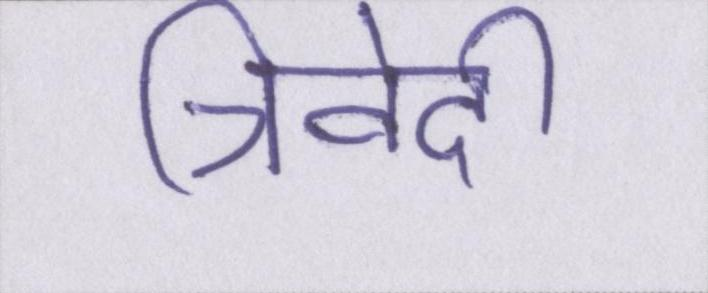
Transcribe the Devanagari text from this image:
त्रिवेदी